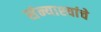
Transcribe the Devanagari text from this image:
संन्याश्यांचे